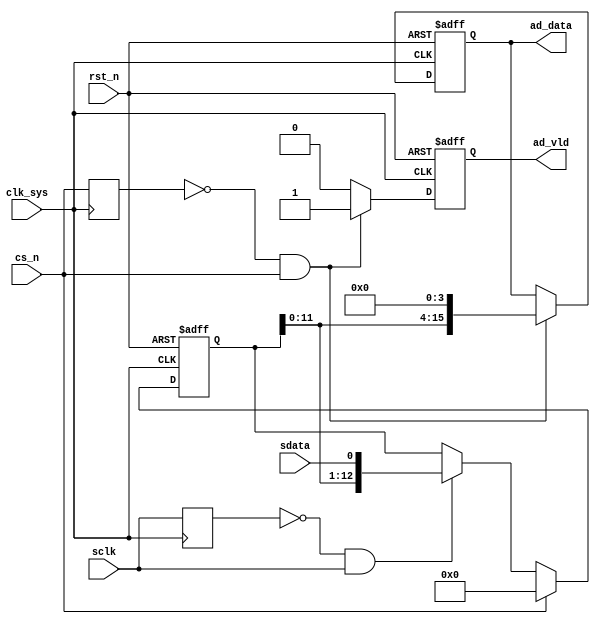
//ad_s2p.v

module ad_s2p(
//ad interface
cs_n,
sclk,
sdata,
//data path
ad_data,
ad_vld,
//clk rst
clk_sys,
rst_n
);

//ad interface
input cs_n;
input sclk;
input sdata;
//data path
output [15:0]	ad_data;
output 				ad_vld;
//clk rst
input clk_sys;
input rst_n;
//------------------------------------
//------------------------------------


reg csn_reg;
always @ (posedge clk_sys)
	csn_reg <= cs_n;
wire cs_rasing = (~csn_reg) & cs_n;

reg sclk_reg;
always @ (posedge clk_sys )
	sclk_reg <= sclk;
wire sclk_rasing = (~sclk_reg) & sclk;


//---------- 
reg [12:0] data;
always @ (posedge clk_sys or negedge rst_n)	begin
	if(~rst_n)
		data <= 13'h0;
	else if(cs_n == 1'b0)	begin	
		if(sclk_rasing)
			data <= {data[11:0],sdata};
		else ;
	end
	else 
		data <= 13'b0;
end



//-------- data output -------
reg [15:0] ad_data;
reg					ad_vld;
always @ (posedge clk_sys or negedge rst_n)	begin	
	if(~rst_n)
		ad_data <= 16'h0;
	else if(cs_rasing)
		ad_data <= {data[11:0],4'h0};
	else ;
end
always @ (posedge clk_sys or negedge rst_n)	begin
	if(~rst_n)
		ad_vld <= 1'b0;
	else if(cs_rasing)
		ad_vld <= 1'b1;
	else 
		ad_vld <= 1'b0;
end

endmodule